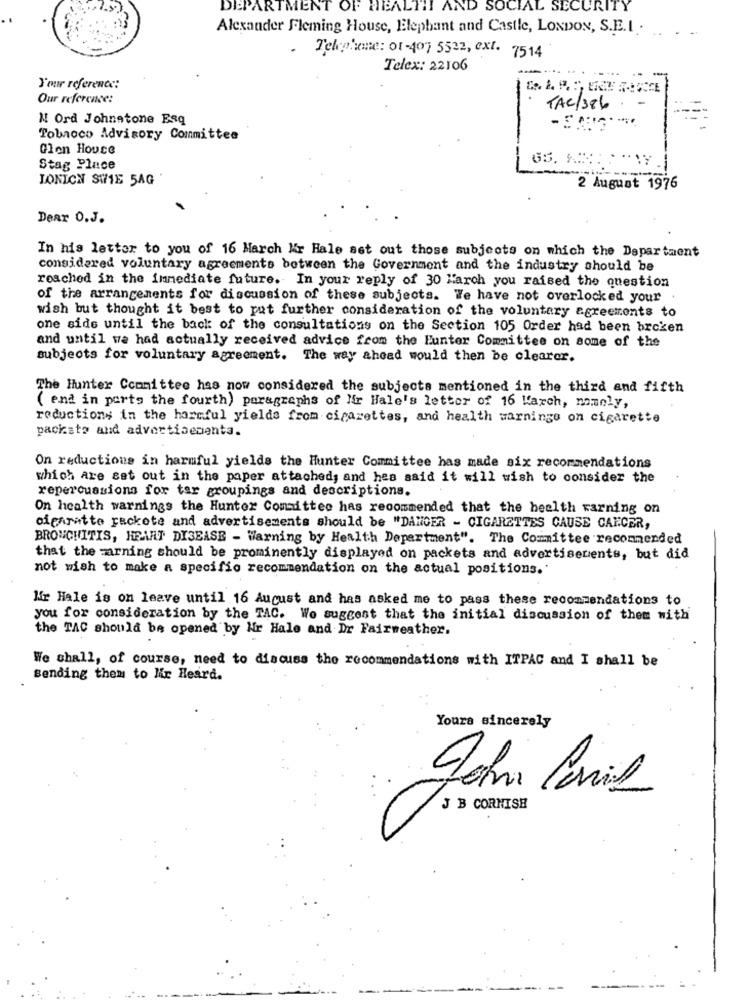
DEPARTMENT OF HEALTH AND SOCIAL SECURITY
Alexander Fleming House, Elephant and Castle, LONDON, S.E.L .
- Telephone: 01-407 5522, ext. 7514
Telex: 22106
Your reference:
Our reference:
TAC/386
N Ord Johnstone Esq
Tobacco Advisory Committee
Glen House
Stag Place
LONICN SWIE 5AG
2 August 1976
Dear O.J.
In his letter to you of 16 March Kr Hale set out those subjects on which the Department
considered voluntary agreements between the Government and the industry should be
reached in the immediate future. In your reply of 30 March you raised the question
of the arrangements for discussion of these subjects. We have not overlooked your
wish but thought it best to put further consideration of the voluntary agreements to
one side until the back of the consultations on the Section 105 Order had been broken
and until we had actually received advice from the Eunter Committee on some of the
subjects for voluntary agreement. The way ahead would then be clearor.
The Hunter Committee has now considered the subjects mentioned in the third and fifth
( end in ports the fourth) paragraphs of Nir Hale's letter of 16 Karch, namely,
reductions in the harcful yields from cigarettes, and health warnings on cigarette
pachate and advertisementa.
On reductions in harmful yields the Hunter Committee has made six recommendations
which Are eat out in the paper attached; and hes said it will wish to consider the
repercussions for tar groupings and descriptions.
On health warnings the Hunter Committee has recommended that the health warning on
cigarette rackete and advertisements should be "DANGER - CIGARETTES CAUSE CANCER,
BRONCHITIS, HEART DISEASE - Warning by Health Department". The Committee recommended
that the warning should be prominently displayed on packets and advertisements, but did
not wish to make a specific recommendation on the actual positions."
Mir Hale is on leave until 16 August and has asked me to pass these recommendations to
you for consideration by the TAC. Wo suggest that the initial discussion of them with
the TAC should be opened by Mr Hale and Ir Fairweather.
We shall, of course, need to discuss the recommendations with ITPAC and I shall be
Sending them to lir Heard.
Yours sincerely
John Caril
J B CORNISH